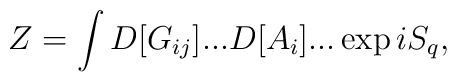
Z=\int D[G_{ij}]...D[A_{i}]...\exp iS_{q},